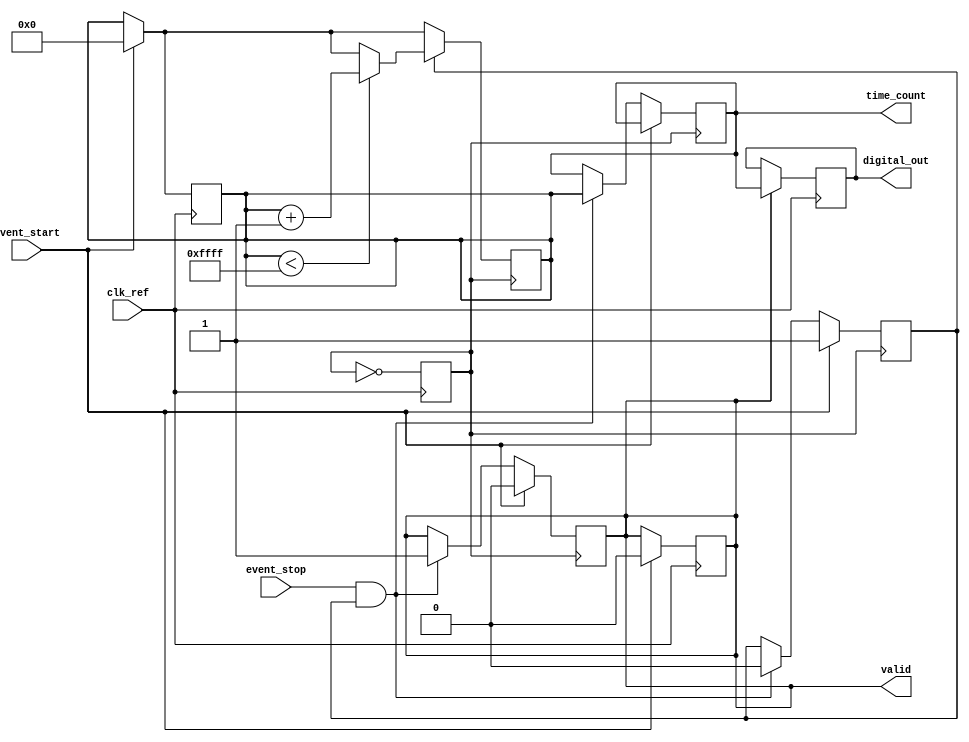
module TimeToDigitalConverter (
    input wire clk_ref,          // Reference clock input
    input wire event_start,      // Start event signal
    input wire event_stop,       // Stop event signal
    output reg [15:0] time_count, // Measured time in clock cycles
    output reg valid,            // Indicates valid output
    output reg [15:0] digital_out // Digital output encoding
);

    // PLL parameters
    parameter PLL_MULTIPLY_FACTOR = 4; // Multiply factor for VCO
    parameter COUNTER_MAX = 16'hFFFF; // Max value for counter

    // Internal signals
    reg clk_vco;                  // VCO clock output
    reg [15:0] counter;           // Main counter
    reg measuring;                // Measurement state flag

    // PLL instantiation (simplified)
    always @(posedge clk_ref) begin
        // Simple VCO simulation
        clk_vco <= ~clk_vco;
    end

    // Time Measurement Logic
    always @(posedge clk_vco) begin
        if (event_start) begin
            counter <= 0;         // Reset counter on start event
            measuring <= 1;       // Indicate measuring state
            valid <= 0;           // Clear valid output
        end else if (event_stop && measuring) begin
            measuring <= 0;       // Stop measuring
            time_count <= counter; // Capture time count
            valid <= 1;           // Indicate valid output available
        end

        // Increment counter if measuring
        if (measuring) begin
            if (counter < COUNTER_MAX) begin
                counter <= counter + 1; // Increment counter
            end
        end
    end

    // Digital Encoding Logic
    always @(posedge clk_ref) begin
        if (valid) begin
            digital_out <= time_count; // Direct mapping for simplicity
        end
    end

    // Reset logic (optional)
    always @(posedge clk_ref) begin
        if (event_start) begin
            valid <= 0; // Reset valid on start
            counter <= 0; // Reset counter
        end
    end

endmodule